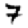
Digit: 7